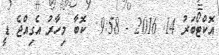
އޮކްޓޯބަރު 14